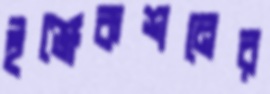
ইঞ্জেকশনের